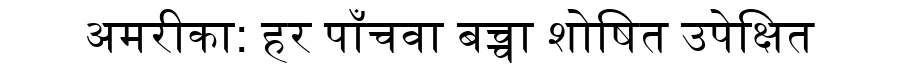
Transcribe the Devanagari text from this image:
अमरीका: हर पाँचवा बच्चा शोषित उपेक्षित